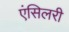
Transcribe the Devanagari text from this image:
एंसिलरी